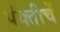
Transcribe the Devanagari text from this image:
पंक्तीचें